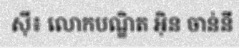
ស៊ី៖ លោកបណ្ឌិត អ៊ិន ចាន់នី